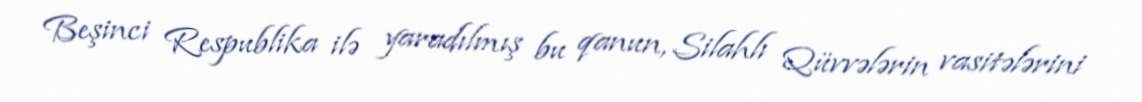
Beşinci Respublika ilə yaradılmış bu qanun, Silahlı Qüvvələrin vasitələrini